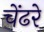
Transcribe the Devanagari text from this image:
चेंढरे